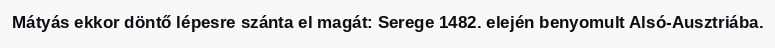
Mátyás ekkor döntő lépesre szánta el magát: Serege 1482. elején benyomult Alsó-Ausztriába.